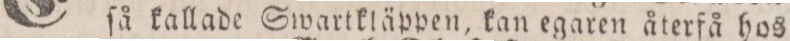
ſå kallade Swartkläppen, kan egaren återfå hos